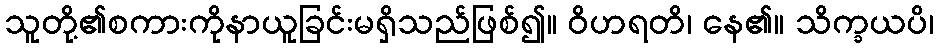
သူတို့၏စကားကိုနာယူခြင်းမရှိသည်ဖြစ်၍။ ဝိဟရတိ၊ နေ၏။ သိက္ခယပိ၊